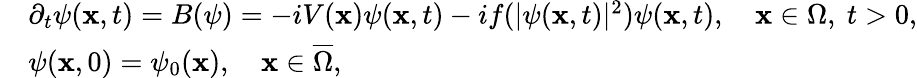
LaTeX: \begin{array}{rl}&{\partial_{t}\psi(\mathbf{x},t)=B(\psi)=-iV(\mathbf{x})\psi(\mathbf{x},t)-if(|\psi(\mathbf{x},t)|^{2})\psi(\mathbf{x},t),\quad\mathbf{x}\in\Omega,\ t>0,}\\ &{\psi(\mathbf{x},0)=\psi_{0}(\mathbf{x}),\quad\mathbf{x}\in\overline{{\Omega}},}\end{array}